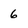
Character: 6